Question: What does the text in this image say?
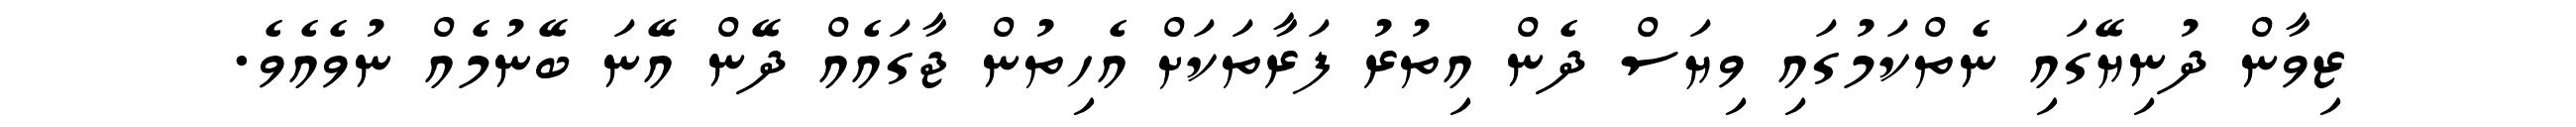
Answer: ޒިވާން ދުނިޔޭގައި ނެތްކަމުގައި ވިޔަސް ދެން އިތުރު ފަރާތަކަށް އެހިތުން ޖާގައެއް ދޭން އޭނަ ބޭނުމެއް ނުވެއެވެ.